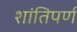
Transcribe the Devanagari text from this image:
शांतिपर्ण